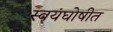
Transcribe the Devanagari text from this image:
स्वयंघोषीत